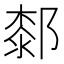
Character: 䣛